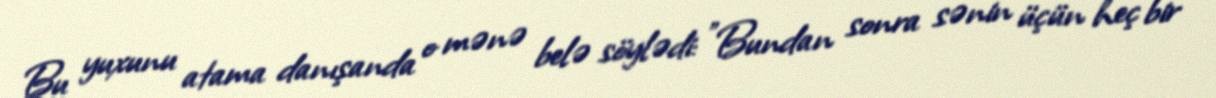
Bu yuxunu atama danışanda o mənə belə söylədi: "Bundan sonra sənin üçün heç bir